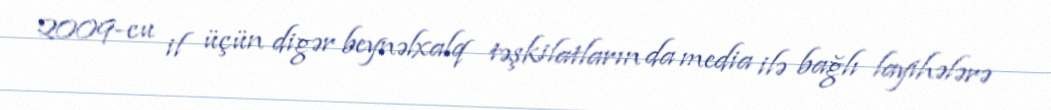
2009-cu il üçün digər beynəlxalq təşkilatların da media ilə bağlı layihələrə